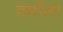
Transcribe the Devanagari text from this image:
वर्माला